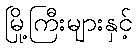
မြို့ကြီးများနှင့်